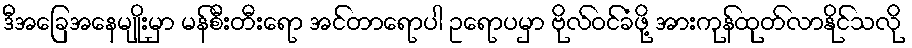
ဒီအခြေအနေမျိုးမှာ မန်စီးတီးရော အင်တာရောပါ ဥရောပမှာ ဗိုလ်ဝင်ခံဖို့ အားကုန်ထုတ်လာနိုင်သလို